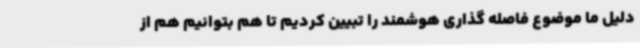
دلیل ما موضوع فاصله گذاری هوشمند را تبیین کردیم تا هم بتوانیم هم از